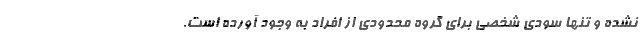
نشده و تنها سودی شخصی برای گروه محدودی از افراد به وجود آورده است.